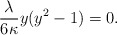
\begin{align*} \frac{\lambda}{6\kappa}y(y^2-1)=0.\end{align*}